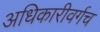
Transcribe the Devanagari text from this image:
अधिकारीवर्गच